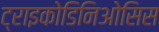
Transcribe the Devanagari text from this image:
ट्राइकोडिनिओसिस